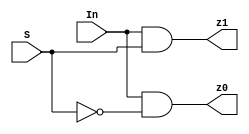
module Q2(In,S,z0,z1);
	input In;
	input S;
	output z0;
	output z1;
	wire w1;

	not n1(w1, S);
	and a1(z0, In, w1);
	and a2(z1, In, S);
	
endmodule